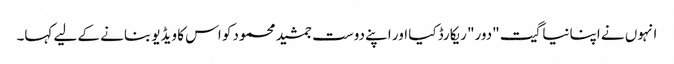
انہوں نے اپنا نیا گیت "دور" ریکارڈ کیا اور اپنے دوست جمشید محمود کو اس کا ویڈیو بنانے کے لیے کہا۔